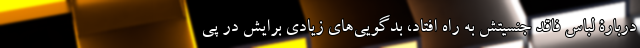
دربارۀ لباسِ فاقد جنسیتش به راه افتاد، بدگویی‌های زیادی برایش در پی